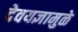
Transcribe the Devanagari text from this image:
देवयज्ञामुळे